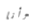
وأنا